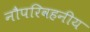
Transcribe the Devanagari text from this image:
नौपरिवहनीय